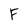
Character: F